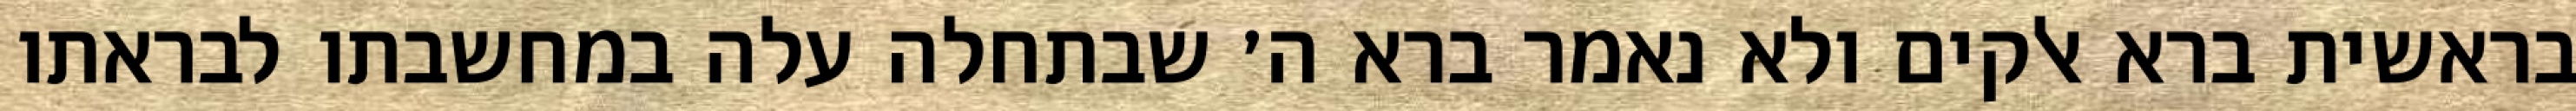
בראשית ברא אלקים ולא נאמר ברא ה׳ שבתחלה עלה במחשבתו לבראתו